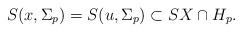
LaTeX: \begin{align*}S(x, \Sigma_p)=S(u, \Sigma_p)\subset SX\cap H_p.\end{align*}